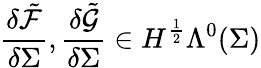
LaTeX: \frac{\delta\tilde{\mathcal{F}}}{\delta\Sigma},\frac{\delta\tilde{\mathcal{G}}}{\delta\Sigma}\in H^{\frac{1}{2}}\Lambda^{0}(\Sigma)